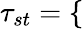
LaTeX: \tau_{st}=\left\{ \begin{array}{rlr}\end{array}\right.